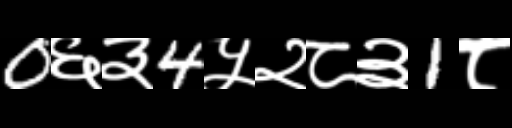
Text: 0६३4५२८३1८